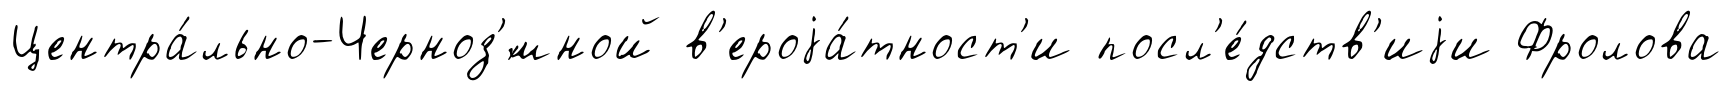
Центра́льно-Черноз'́мной в'ероjа́тност'и посл'е́дств'иjи Фролова